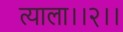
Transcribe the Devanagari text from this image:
त्याला।।२।।